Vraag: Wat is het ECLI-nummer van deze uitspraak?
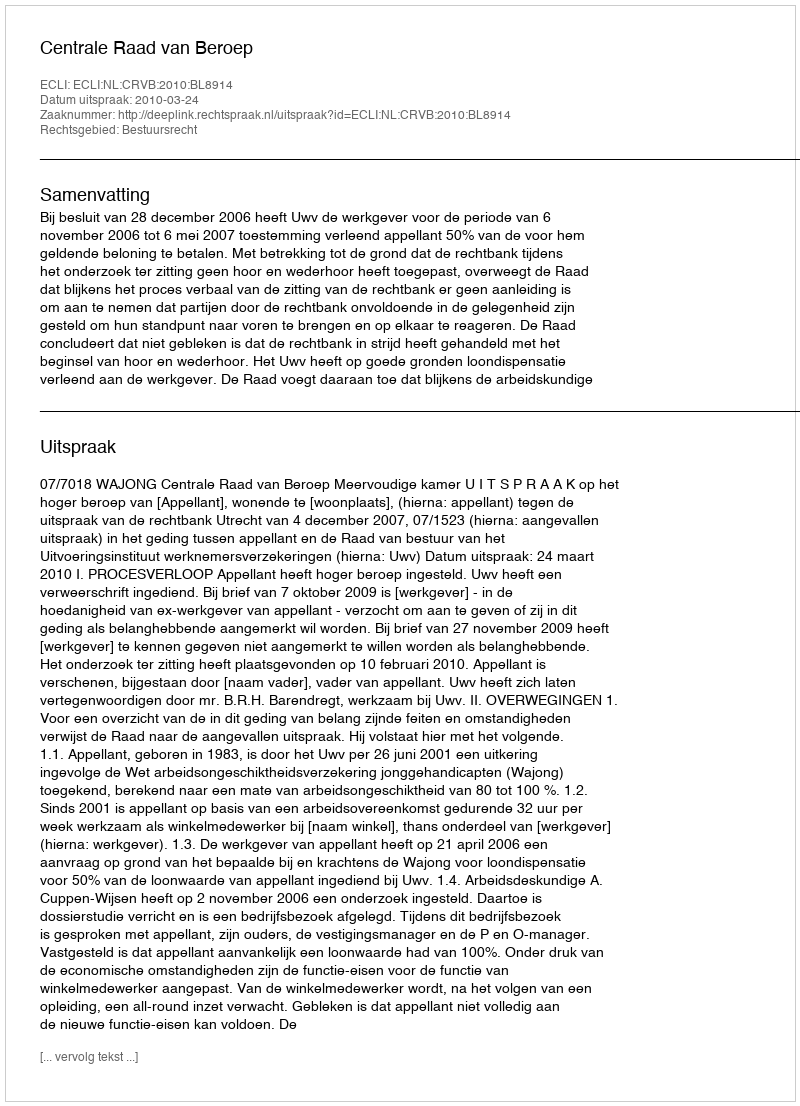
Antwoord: ECLI:NL:CRVB:2010:BL8914